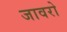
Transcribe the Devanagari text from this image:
जावरो